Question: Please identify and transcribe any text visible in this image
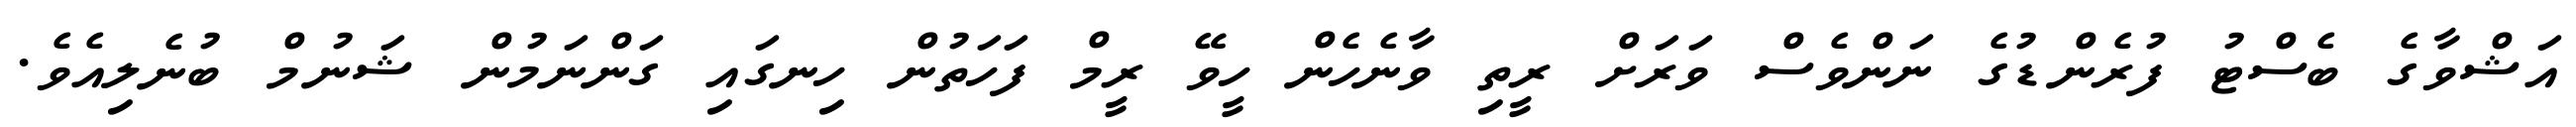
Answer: އަޝްވާގެ ބެސްޓު ފުރެންޑުގެ ނަންވެސް ވަރަށް ރީތި ވާނެހެން ހީވޭ ރީމް ފަހަތުން ހިނގައި ގަންނަމުން ޝަނުމް ބުނެލިއެވެ.